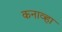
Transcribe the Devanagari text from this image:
कनाव्हा